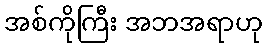
အစ်ကိုကြီး အဘအရာဟု